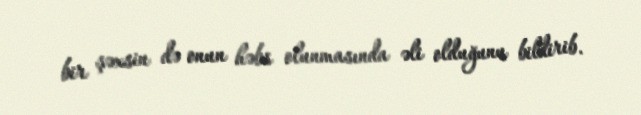
bir şəxsin də onun həbs olunmasında əli olduğunu bildirib.